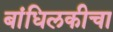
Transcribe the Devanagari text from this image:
बांधिलकीचा